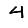
Digit: 4